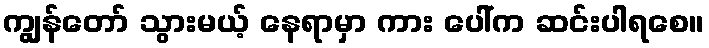
ကျွန်တော် သွားမယ့် နေရာမှာ ကား ပေါ်က ဆင်းပါရစေ။